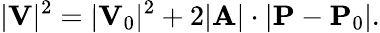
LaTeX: |\mathbf{V}|^{2}=|\mathbf{V}_{0}|^{2}+2|\mathbf{A}|\cdot|\mathbf{P}-\mathbf{P}_{0}|.